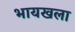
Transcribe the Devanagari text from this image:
भायखला